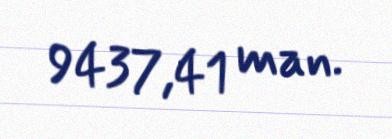
9437,41 man.